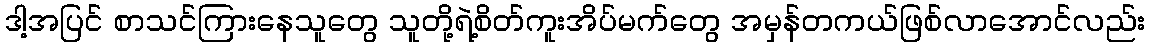
ဒါ့အပြင် စာသင်ကြားနေသူတွေ သူတို့ရဲ့စိတ်ကူးအိပ်မက်တွေ အမှန်တကယ်ဖြစ်လာအောင်လည်း